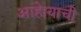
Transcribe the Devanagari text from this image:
आहे।याची